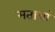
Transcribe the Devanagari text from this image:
मताचां